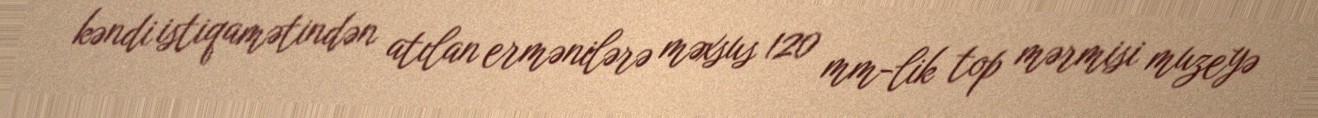
kəndi istiqamətindən atılan ermənilərə məxsus 120 mm-lik top mərmisi muzeyə